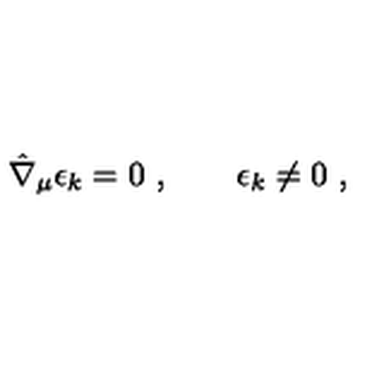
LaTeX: \hat { \nabla } _ { \mu } \epsilon _ { k } = 0 \ , \qquad \epsilon _ { k } \neq 0 \ ,